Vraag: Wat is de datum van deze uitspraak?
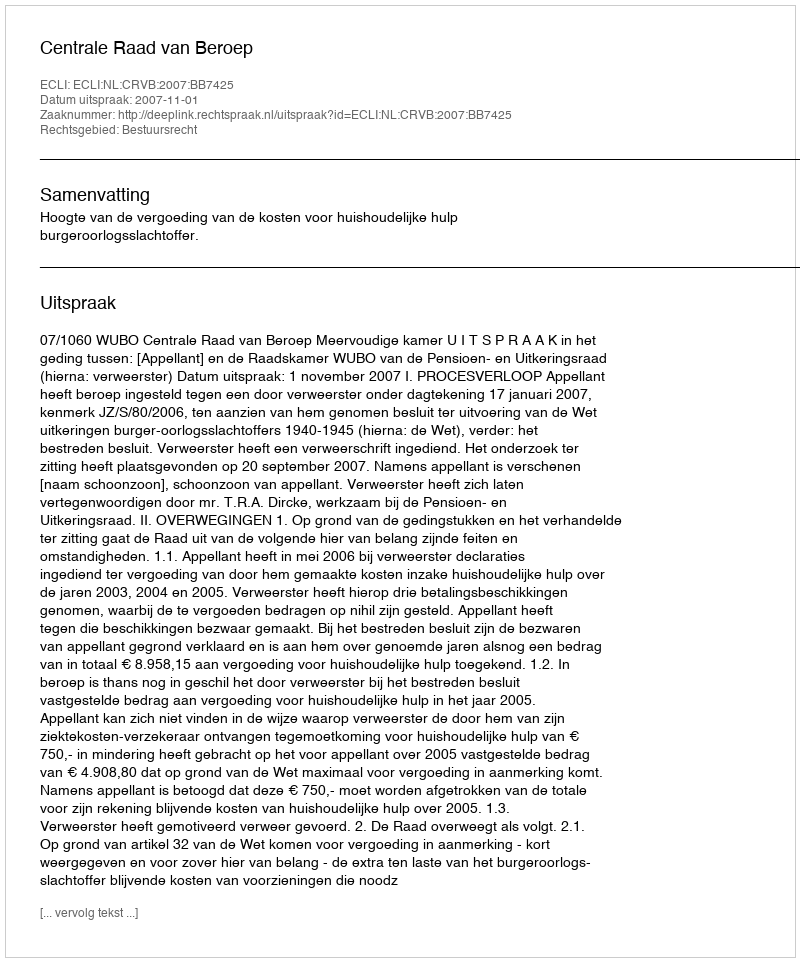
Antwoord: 2007-11-01